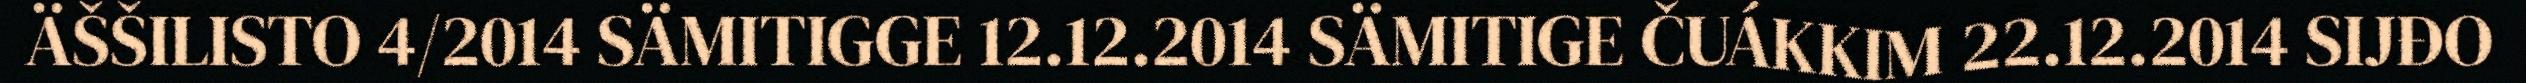
ÄŠŠILISTO 4/2014 SÄMITIGGE 12.12.2014 SÄMITIGE ČUÁKKIM 22.12.2014 SIJĐO